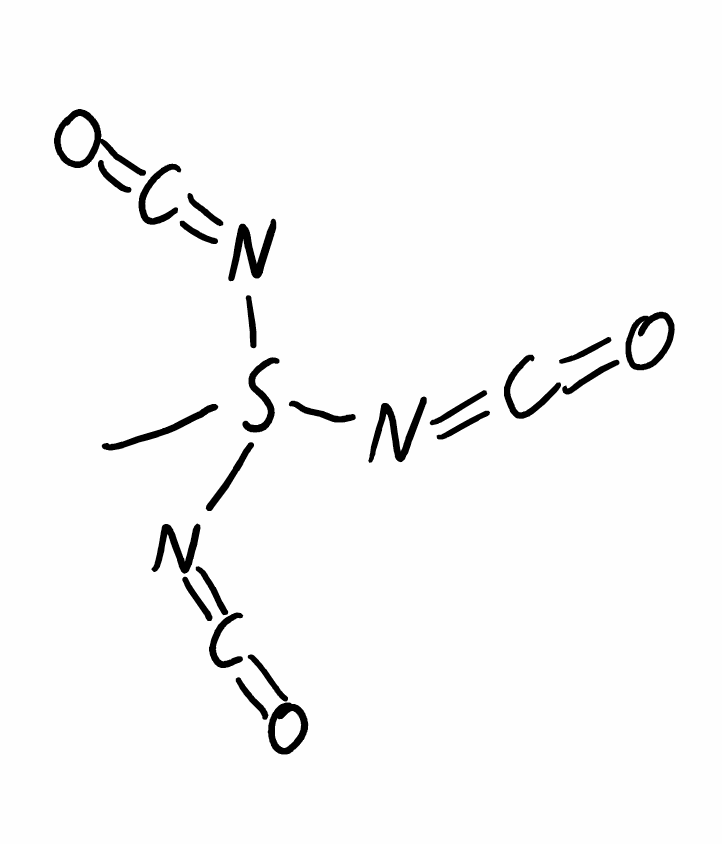
Simplified molecular-input line-entry system (SMILES) notation of the given molecule:
CS(N=C=O)(N=C=O)N=C=O